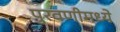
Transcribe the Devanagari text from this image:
पुरवणीमध्ये